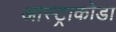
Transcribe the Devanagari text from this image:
आस्ट्राकोडा